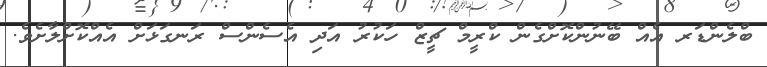
ބްލެންޑަރ އެއް ބޭނުންކޮށްގެން ކްރީމް ޗީޒް ހަކުރު އަދި އެސެންސް ރަނގަޅަށް އެއްކޮށްލާށެވެ.